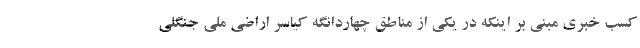
کسب خبری مبنی بر اینکه در یکی از مناطق چهاردانگه کیاسر اراضی ملی جنگلی